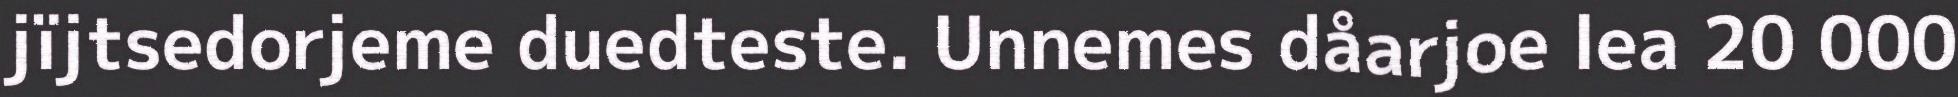
jïjtsedorjeme duedteste. Unnemes dåarjoe lea 20 000